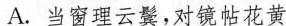
A.当窗理云鬓，对镜帖花黄